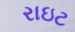
રાઇટ